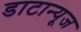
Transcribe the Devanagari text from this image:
डाटान्यूज